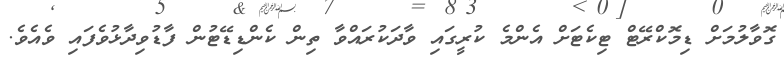
ގޮވާލުމަށް ޑިމޮކްރޭޓް ޓިކެޓަށް އެންމެ ކުރީގައި ވާދަކުރައްވާ ތިން ކެންޑިޑޭޓުން ފާޑުވިދާޅުވެފައި ވެއެވެ.